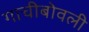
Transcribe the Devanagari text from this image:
गाचीबोवली